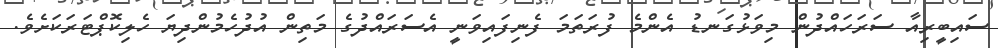
ސައިބީރިއާ ސަރަހައްދުން މިވަޅުގަނޑު އެންމެ ފުރަތަމަ ފެނިފައިވަނީ އެސަރައްދުގެ މަތިން އުދުހެމުންދިޔަ ހެލިކޮޕްޓަރަކަށެވެ.